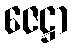
ဇေဋ္ဌာ